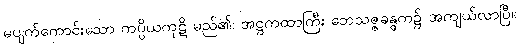
မပျက်ကောင်းသော ကပ္ပိယကုဋိ မည်၏၊ အဋ္ဌကထာကြီး ဘေသဇ္ဇခန္ဓက၌ အကျယ်လာပြီ။